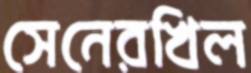
সেনেরখিল